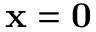
\mathbf { x } = \mathbf { 0 }